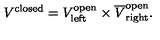
V ^ { \mathrm { c l o s e d } } = V _ { \mathrm { l e f t } } ^ { \mathrm { o p e n } } \times \overline { { V } } _ { \mathrm { r i g h t } } ^ { \mathrm { o p e n } } .